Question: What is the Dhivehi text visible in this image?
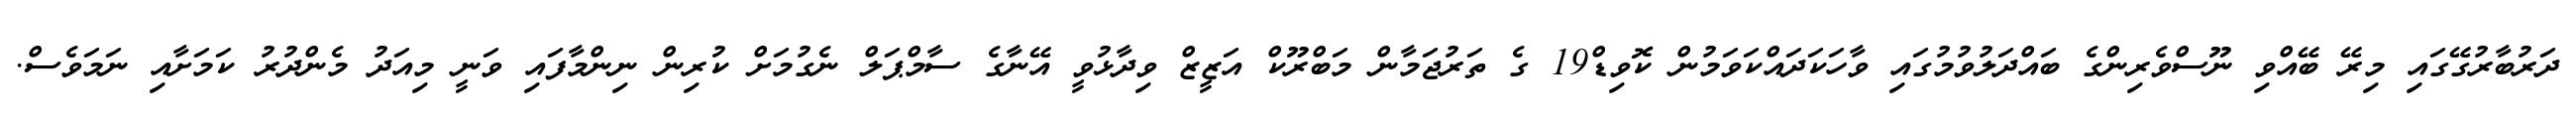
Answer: ދަރުބާރުގޭގައި މިރޭ ބޭއްވި ނޫސްވެރިންގެ ބައްދަލުވުމުގައި ވާހަކަދައްކަވަމުން ކޮވިޑް19 ގެ ތަރުޖަމާން މަބްރޫކް އަޒީޒް ވިދާޅުވީ އޭނާގެ ސާމްޕަލް ނެގުމަށް ކުރިން ނިންމާފައި ވަނީ މިއަދު މެންދުރު ކަމަށާއި ނަމަވެސް.